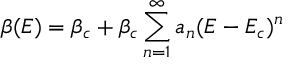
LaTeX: \beta ( E ) = \beta _ { c } + \beta _ { c } \sum _ { n = 1 } ^ { \infty } a _ { n } ( E - E _ { c } ) ^ { n }